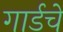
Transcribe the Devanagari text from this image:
गार्डचे